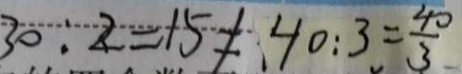
3 0 : 2 = 1 5 \neq 4 0 : 3 = \frac { 4 0 } { 3 }